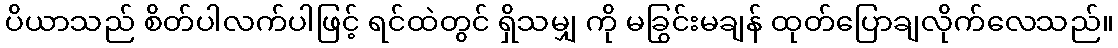
ပိယာသည် စိတ်ပါလက်ပါဖြင့် ရင်ထဲတွင် ရှိသမျှ ကို မခြွင်းမချန် ထုတ်ပြောချလိုက်လေသည်။